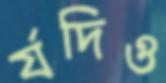
র‍্যদিও